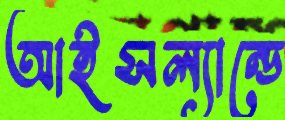
আইসল্যান্ডে